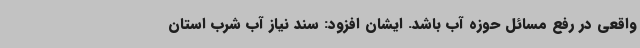
واقعی در رفع مسائل حوزه آب باشد. ایشان افزود: سند نیاز آب شرب استان